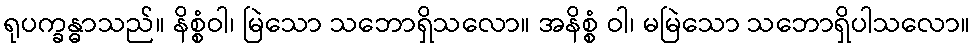
ရုပက္ခန္ဓာသည်။ နိစ္စံဝါ၊ မြဲသော သဘောရှိသလော။ အနိစ္စံ ဝါ၊ မမြဲသော သဘောရှိပါသလော။